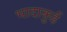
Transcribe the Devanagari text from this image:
भादाकुई